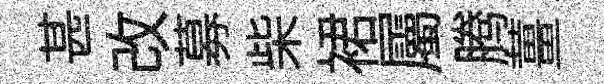
甚改募柴裙屬腾薑